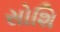
સોશિ